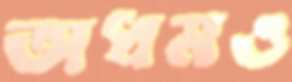
অধমও